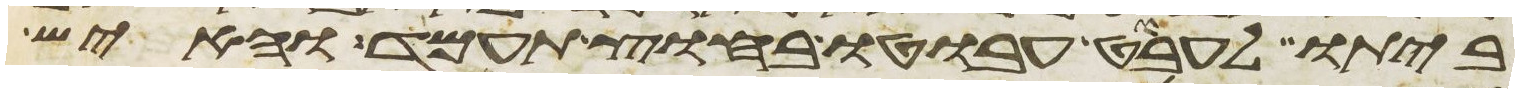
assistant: ביתו לעבט עבוטו בחוץ תעמד והאיש